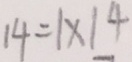
1 4 = 1 \times 1 4